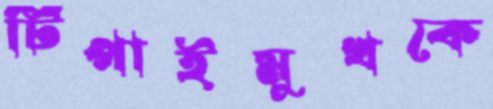
টিপাইমুখকে